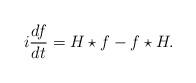
LaTeX: \begin{align*}i\frac{df}{dt}=H\star f - f\star H.\end{align*}